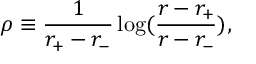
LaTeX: \rho \equiv \frac { 1 } { r _ { + } - r _ { - } } \log ( \frac { r - r _ { + } } { r - r _ { - } } ) ,